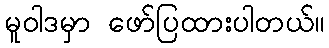
မူဝါဒမှာ ဖော်ပြထားပါတယ်။